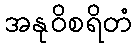
အနုဝိစရိတံ